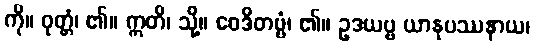
ကို။ ဝုတ္တံ၊ ၏။ ဣတိ၊ သို့။ ဝေဒိတဗ္ဗံ၊ ၏။ ဥဒယဗ္ဗ ယာနုပဿနာယ၊